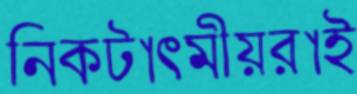
নিকটাত্মীয়রাই